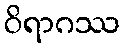
ဝိရာဂဿ